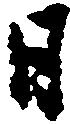
日